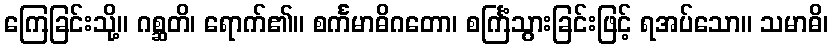
ကြေခြင်းသို့။ ဂစ္ဆတိ၊ ရောက်၏။ စင်္ကမာဓိဂတော၊ စင်္ကြံသွားခြင်းဖြင့် ရအပ်သော။ သမာဓိ၊